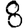
Digit: 8